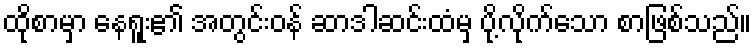
ထိုစာမှာ နေရူး၏ အတွင်းဝန် ဆာဒါဆင်းထံမှ ပို့လိုက်သော စာဖြစ်သည်။